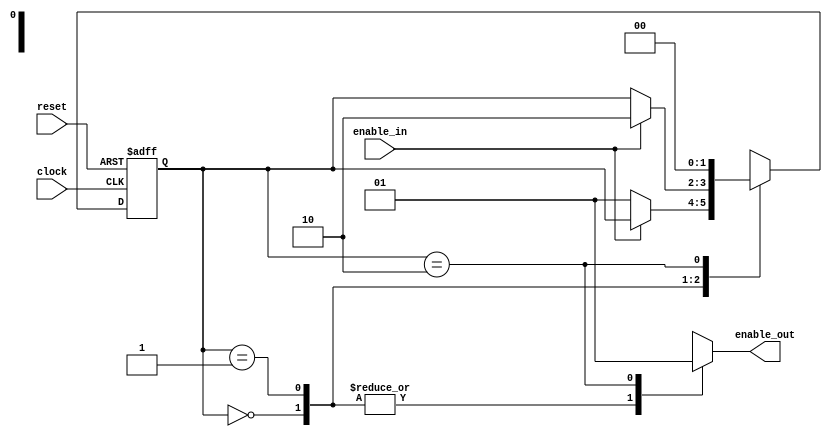
////////////////////////////////////////////////////////////////////////////////
// Version:     2
// Description: This FSM generates an enable pulse that lasts for one clock
//              period each time the enable_in signal is pressed and released.

// Updated on 18 March 2014 by J.S. Thweatt
// Commented to describe state machine structure

// Updated on 24 March 2015 by J.S. Thweatt
// Output machine separated from register input logic.

module keypressed(clock, reset, enable_in, enable_out);
	input  clock;			// The system clock. (Connect to an FPGA clock signal in the top-level module.)
	input	 reset;			// Active-low reset. (Connect to a pushbutton in the top-level module.)
	input  enable_in;		// Enable input signal. (Connect to a pushbutton in the top-level module.)
	output enable_out;	// The output is high for one FPGA clock cycle each time enable_in is pressed and released.
	reg    enable_out;
	
// Variables for keeping track of the state.
	reg [1:0] key_state, next_key_state;

// Set up parameters for the "state" of the pushbutton.
// Since there are three states, we are using 2 bits to represent the state in a so-called "dense" assignment.
	parameter [1:0] KEY_FREE = 2'b00, KEY_PRESSED = 2'b01, KEY_RELEASED = 2'b10;
	
// STATE MACHINE: REGISTER BLOCK	
// This always block represents sequential logic, so it uses non-blocking assignments.
// It is sensitized to the clock input and the reset input.
// You should picture this block as a 2-bit register with an active-low asynchronous clear.

	always @(posedge clock or negedge reset) begin
	
// If reset = 0, there must have been a negative edge on the reset.
// Since the effect of the reset occurs in the absence of a clock pulse, the reset is ASYNCHRONOUS.

		if(reset == 1'b0)
			key_state <= KEY_FREE;
		
// If reset is not zero but this always block is executing, there must have been a positive clock edge.
// On each positive clock edge, the next state becomes the present state.

		else
			key_state <= next_key_state;

	end

// STATE MACHINE: REGISTER INPUT LOGIC
// This always block represents combinational logic, so it uses blocking assignments.
// It is sensitized to changes in the present key state and the enable input.
// You should picture this block as a combinational circuit that feeds the register inputs.
// It determines the next state based on the current state and the enable input.

	always@(key_state or enable_in) begin
	
// To be safe, assign a default value to next_key_state.
// That way, if none of the paths in the case statement apply, the variable will have a known value.
// This should be overridden by assignments below.

		next_key_state = key_state;
		
// Use the present state to determine the next state.

		case(key_state)
		
// This represents the state where the key is currently unpressed and was not just released:
// In this state, if the enable input button is down, make the next state KEY_PRESSED.

			KEY_FREE: begin
				if(enable_in == 1'b0)
					next_key_state = KEY_PRESSED;
			end
		
// This represents the state where the key is currently pressed:
// In this state, if the enable button is up, make the next state KEY_RELEASED.

			KEY_PRESSED: begin
				if(enable_in == 1'b1)
					next_key_state = KEY_RELEASED;
				end
			
// This represents the state where the key has just gone from being pressed to being released:
// In this state, make the next state KEY_FREE.
// This state transition is independent of the input value.
// This state lasts for exactly one clock cycle - the cycle after the button was released.

			KEY_RELEASED: next_key_state = KEY_FREE;
			
// If none of the above - something that should never happen - make the next state unknown.

			default: next_key_state = 2'bxx;
			
		endcase
		
	end

// OUTPUT MACHINE
// This always block represents combinational logic, so it uses blocking assignments.
// It is sensitized to changes in the present state and enable input.
// You should picture this block as a combinational circuit that operates on the state to determine the output.

// Enable_out is a Moore output, so the block is sensitized only to the key_state.
// In a Mealy machine, the output would be sensitized to a state and to an input.

// I have structured the output machine as an always block to provide an example of how you should do it in general. 
// The behavior of this output is simple enough that a continuous assignment could have been used more effectively.

	always@(key_state) begin
	
// To be safe, assign a default value to enable_out.
// That way, if none of the paths in the case statement apply, the variables will have a known value.
// This should be overridden by assignments below.

		enable_out = 1'b0;
		
// Use the present state to determine the output.

		case (key_state)
		
// If the key is currently unpressed and was not just released, enable_out should be 0.

			KEY_FREE: enable_out = 1'b0;
			
// If the key is currently being pressed, enable_out should be 0.

			KEY_PRESSED: enable_out = 1'b0;
			
// If the key has has just gone from being pressed to being released, enable out should be 1.
// Since this state only lasts for one clock cycle, enable_out is 1 for only one clock cycle.

			KEY_RELEASED: enable_out = 1'b1;
			
// If none of the above - something that should never happen - make the output unknown.

			default: enable_out = 1'bx;
			
		endcase
		
	end
	
endmodule